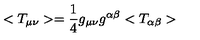
< T _ { \mu \nu } > = \frac { 1 } { 4 } g _ { \mu \nu } g ^ { \alpha \beta } < T _ { \alpha \beta } >